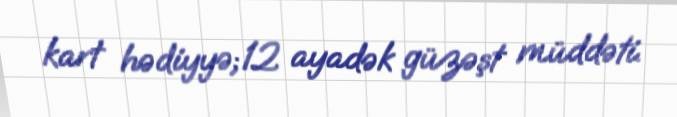
kart hədiyyə;12 ayadək güzəşt müddəti.